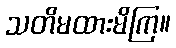
သတိမထားမိကြ။